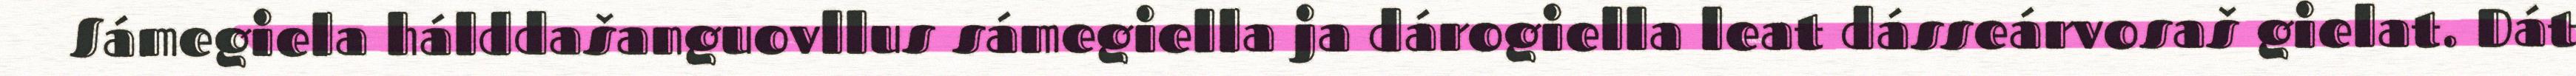
Sámegiela hálddašanguovllus sámegiella ja dárogiella leat dásseárvosaš gielat. Dát